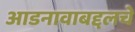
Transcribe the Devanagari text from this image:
आडनावाबद्दलचे